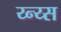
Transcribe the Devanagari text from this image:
य्न्य्स